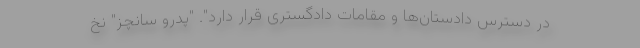
در دسترس دادستان‌ها و مقامات دادگستری قرار دارد". "پدرو سانچز" نخ